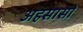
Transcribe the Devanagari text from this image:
अहसासों